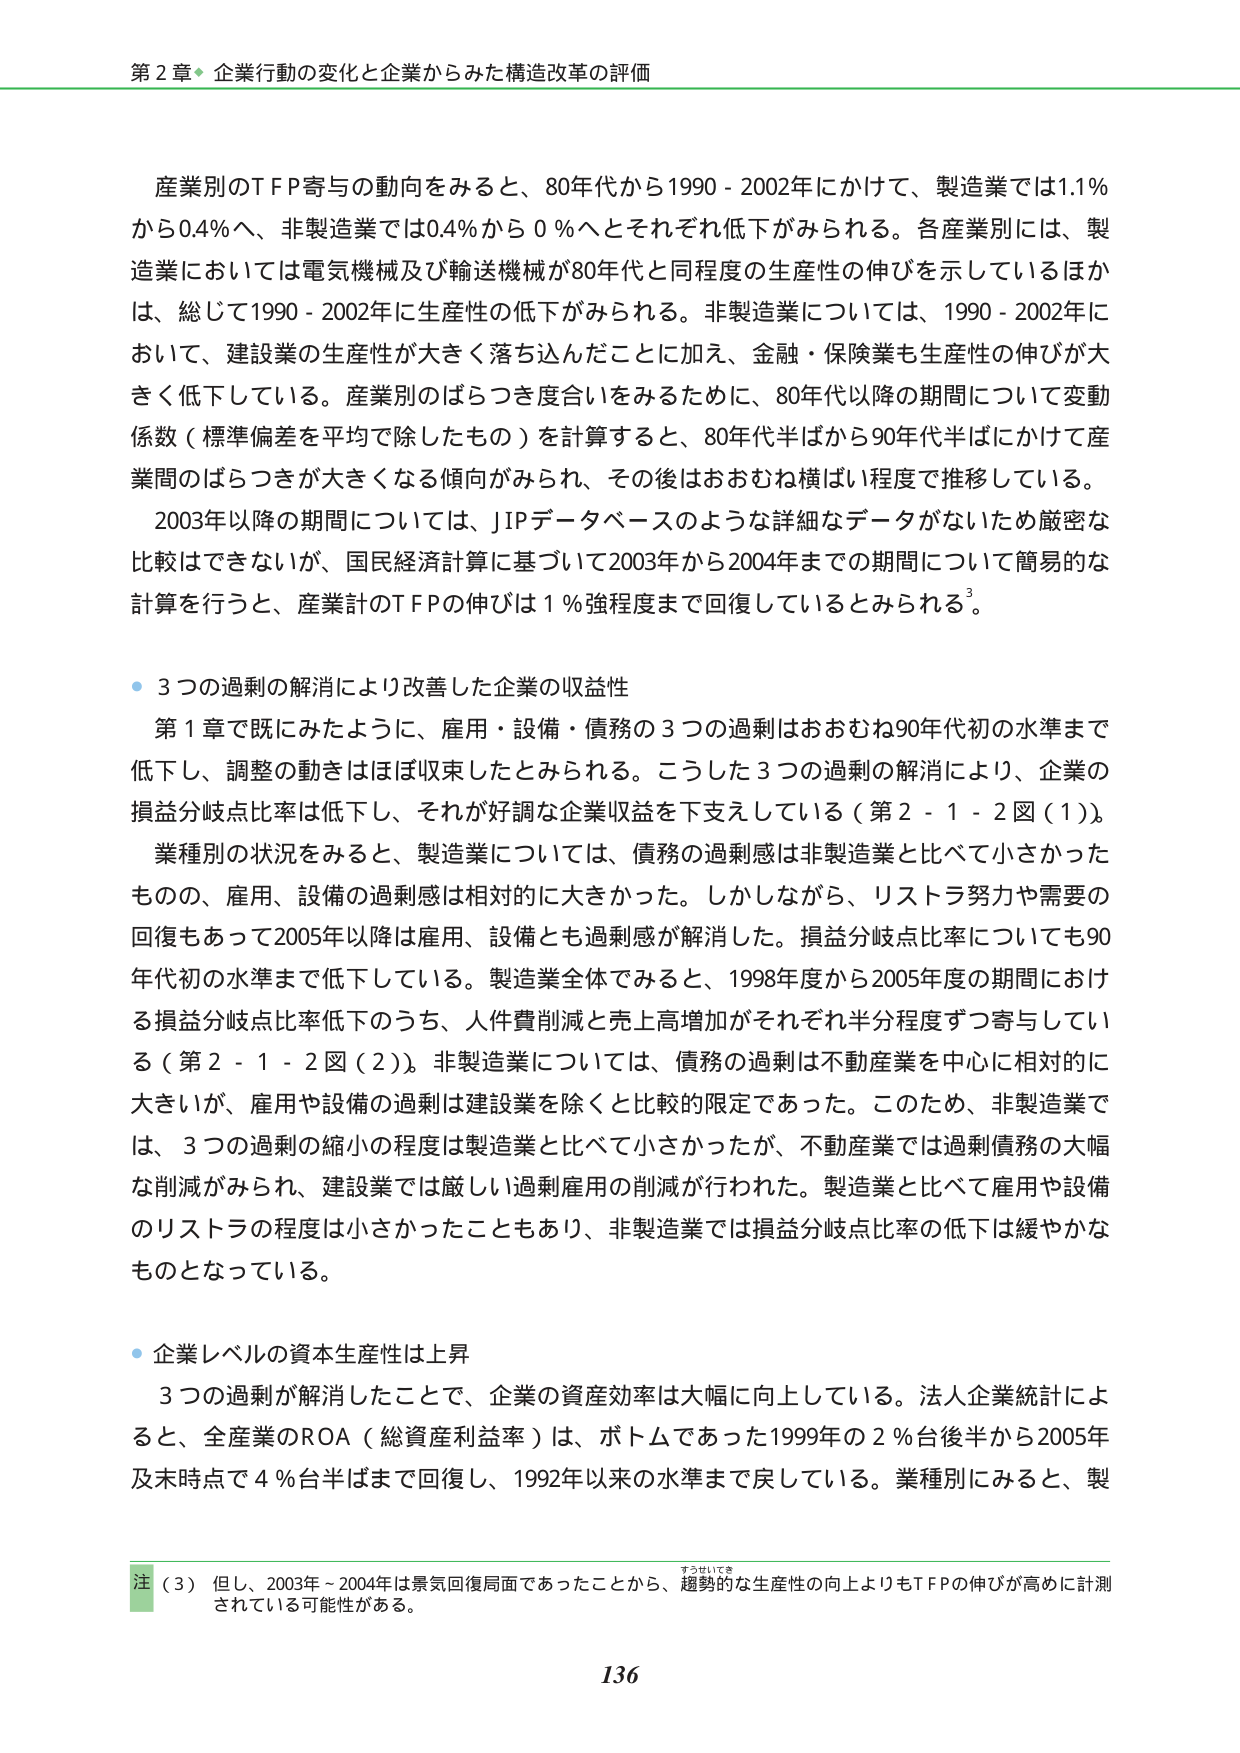
第２章◆企業行動の変化と企業からみた構造改革の評価

産業別のTFP寄与の動向をみると、80年代から1990－2002年にかけて、製造業では1.1％から0.4％へ、非製造業では0.4％から0％へとそれぞれ低下がみられる。各産業別には、製造業においては電気機械及び輸送機械が80年代と同程度の生産性の伸びを示しているほかは、総じて1990－2002年に生産性の低下がみられる。非製造業については、1990－2002年において、建設業の生産性が大きく落ち込んだことに加え、金融・保険業も生産性の伸びが大きく低下している。産業別のばらつき度合いをみるために、80年代以降の期間について変動係数（標準偏差を平均で除したもの）を計算すると、80年代半ばから90年代半ばにかけて産業間のばらつきが大きくなる傾向がみられ、その後はおおむね横ばい程度で推移している。

2003年以降の期間については、JIPデータベースのような詳細なデータがないため厳密な比較はできないが、国民経済計算に基づいて2003年から2004年までの期間について簡易的な計算を行うと、産業計のTFPの伸びは1％強程度まで回復しているとみられる³。

・3つの過剰の解消により改善した企業の収益性

第1章で既にみたように、雇用・設備・債務の3つの過剰はおおむね90年代初の水準まで低下し、調整の動きはほぼ収束したとみられる。こうした3つの過剰の解消により、企業の損益分岐点比率は低下し、それが好調な企業収益を下支えしている（第2－1－2図（1））。

業種別の状況をみると、製造業については、債務の過剰感は非製造業と比べて小さかったものの、雇用、設備の過剰感は相対的に大きかった。しかしながら、リストラ努力や需要の回復もあって2005年以降は雇用、設備とも過剰感が解消した。損益分岐点比率についても90年代初の水準まで低下している。製造業全体でみると、1998年度から2005年度の期間における損益分岐点比率低下のうち、人件費削減と売上高増加がそれぞれ半分程度ずつ寄与している（第2－1－2図（2））。非製造業については、債務の過剰は不動産業を中心に相対的に大きいが、雇用や設備の過剰は建設業を除くと比較的限定であった。このため、非製造業では、3つの過剰の縮小の程度は製造業と比べて小さかったが、不動産業では過剰債務の大幅な削減がみられ、建設業では厳しい過剰雇用の削減が行われた。製造業と比べて雇用や設備のリストラの程度は小さかったこともあり、非製造業では損益分岐点比率の低下は緩やかなものとなっている。

・企業レベルの資本生産性は上昇

3つの過剰が解消したことで、企業の資産効率は大幅に向上している。法人企業統計によると、全産業のROA（総資産利益率）は、ボトムであった1999年の2％台後半から2005年及未時点で4％台半ばまで回復し、1992年以来の水準まで戻している。業種別にみると、製

注（3） 但し、2003年～2004年は景気回復局面であったことから、趨勢的な生産性の向上よりもTFPの伸びが高めに計測されている可能性がある。

136